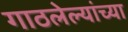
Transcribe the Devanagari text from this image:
गाठलेल्यांच्या